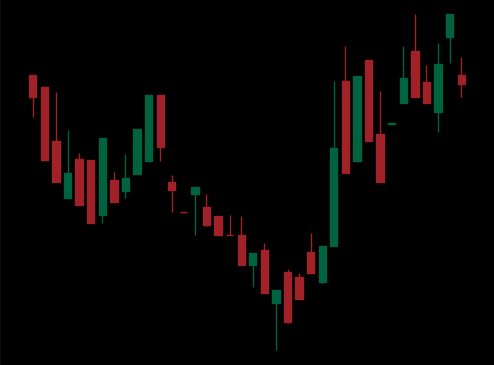
Pattern: inverse_head_shoulders